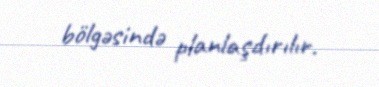
bölgəsində planlaşdırılır.